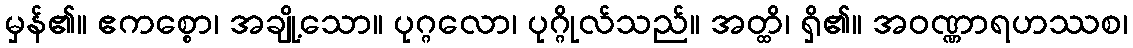
မှန်၏။ ဧကစ္စော၊ အချို့သော။ ပုဂ္ဂလော၊ ပုဂ္ဂိုလ်သည်။ အတ္ထိ၊ ရှိ၏။ အဝဏ္ဏာရဟဿစ၊